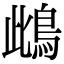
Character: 䳄